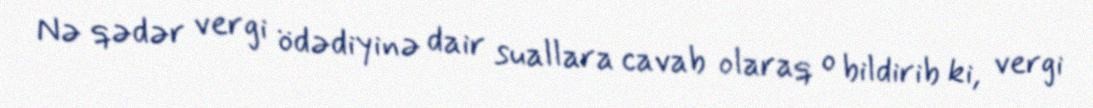
Nə qədər vergi ödədiyinə dair suallara cavab olaraq o bildirib ki, vergi